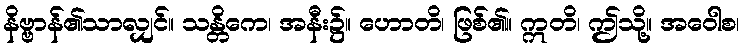
နိဗ္ဗာန်၏သာလျှင်။ သန္တိကေ၊ အနီး၌။ ဟောတိ၊ ဖြစ်၏။ ဣတိ၊ ဤသို့။ အဝေါစ၊